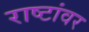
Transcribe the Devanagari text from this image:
राष्टांवर